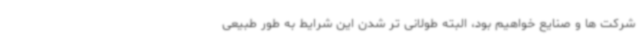
شرکت ها و صنایع خواهیم بود، البته طولانی تر شدن این شرایط به طور طبیعی